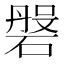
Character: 𱴫